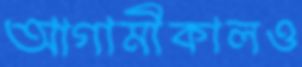
আগামীকালও